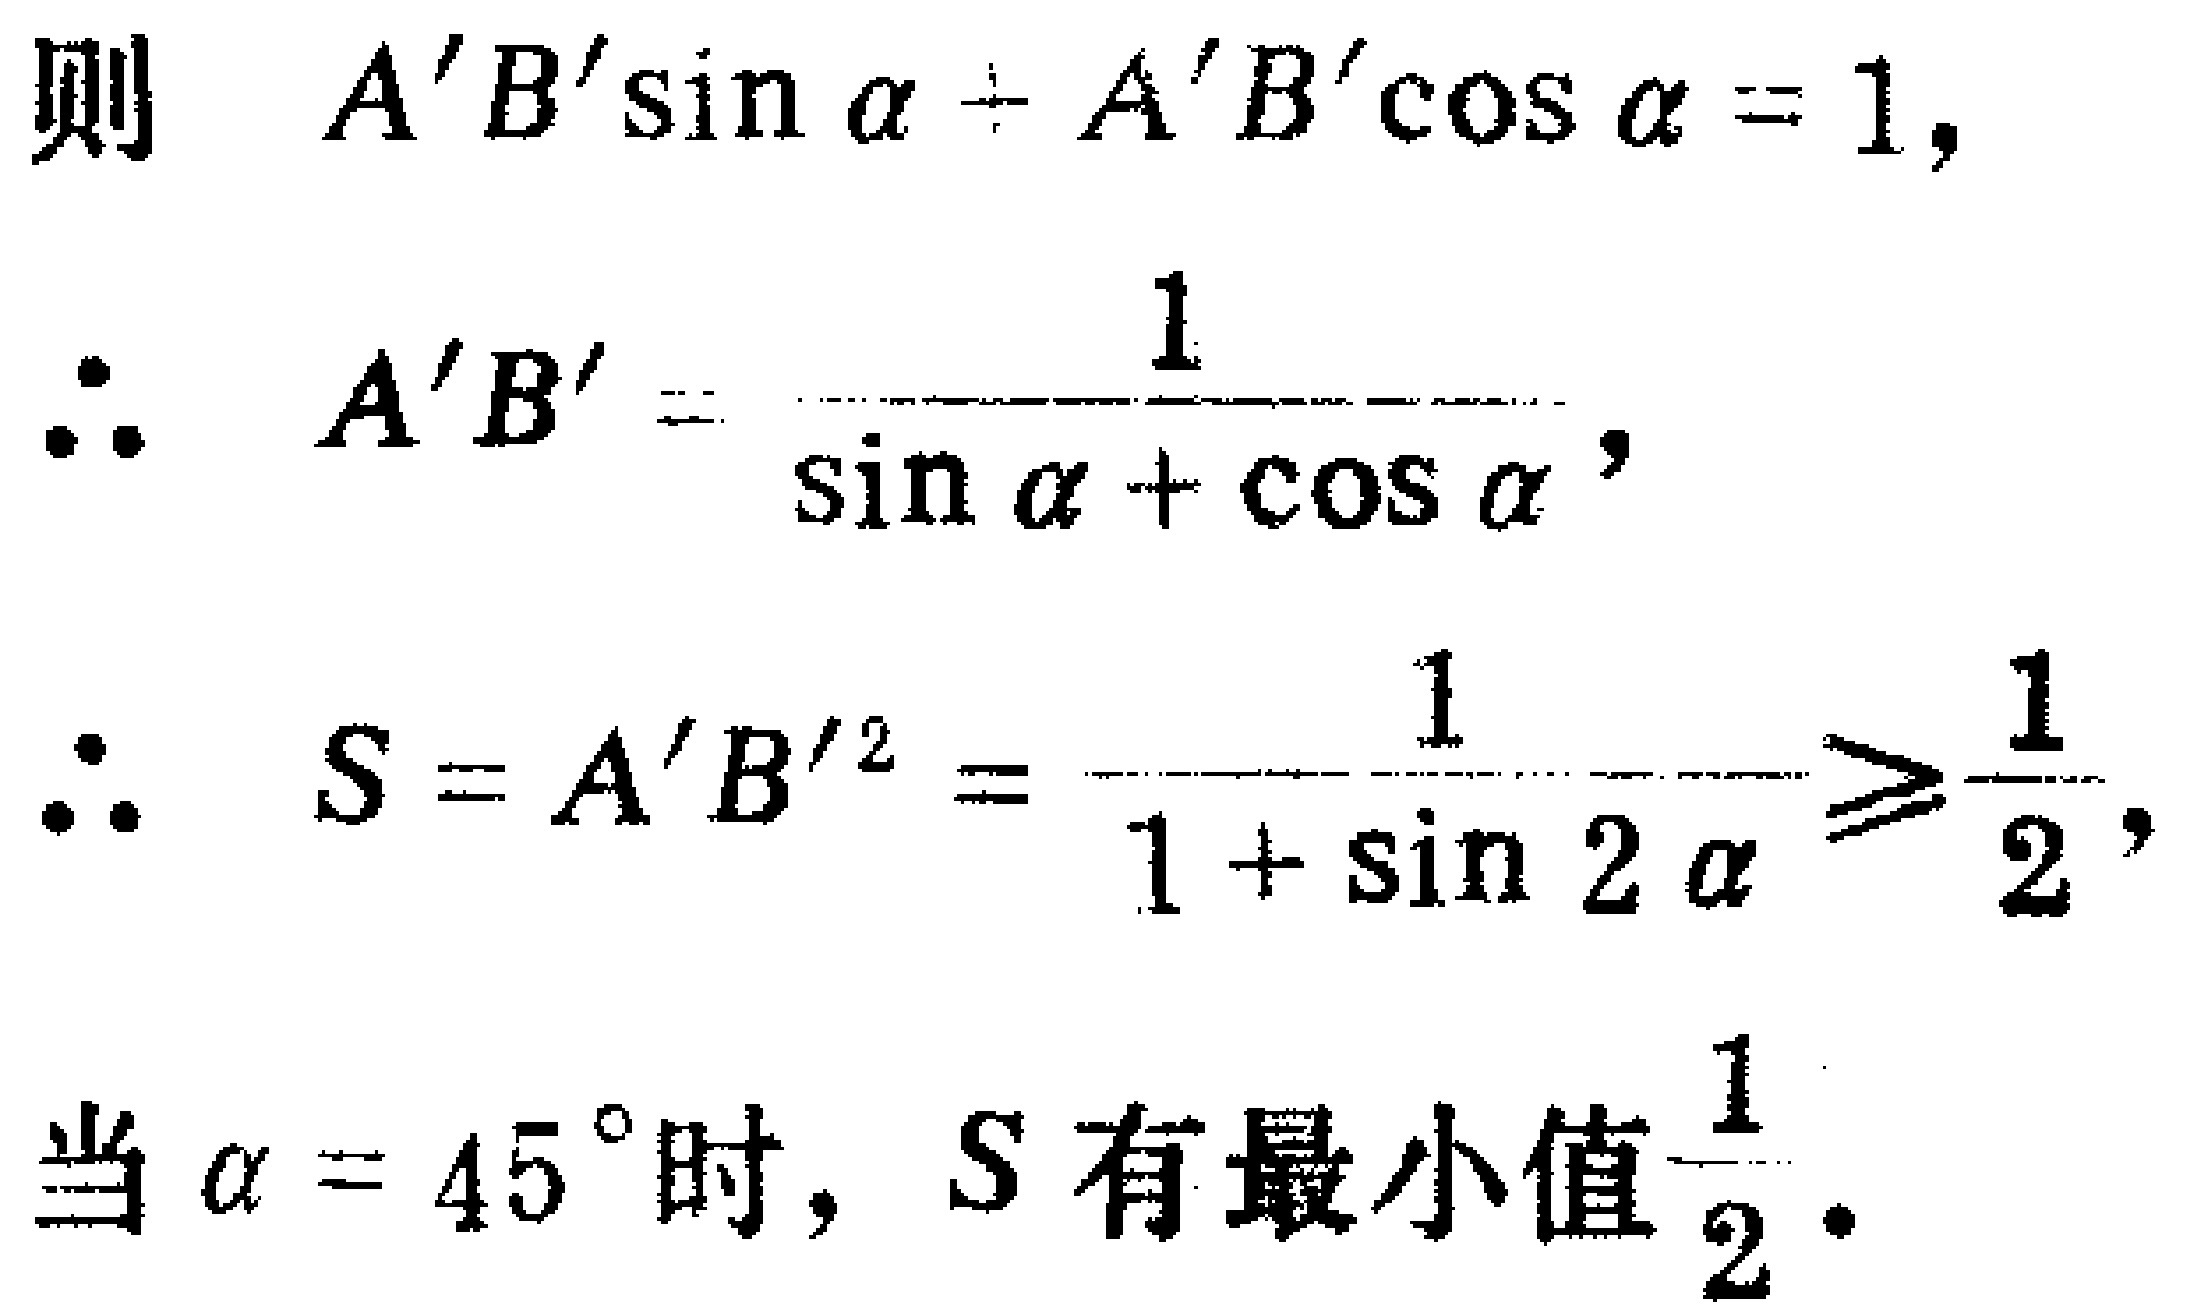
则 \(A'B'\sin\alpha\div A'B'\cos\alpha = 1\)，
\(\therefore A'B'=\frac{1}{\sin\alpha+\cos\alpha}\)，
\(\therefore S = A'B'^{2}=\frac{1}{1 + \sin2\alpha}\geqslant\frac{1}{2}\)，
当 \(\alpha = 45^{\circ}\) 时，\(S\) 有最小值 \(\frac{1}{2}\)。